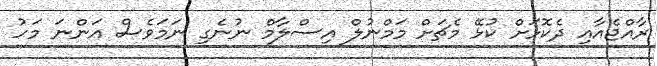
ރާއްޖެއާއި ދެކޮޅަށް ކުޅޭ މެޗަށް މަމްނުލް އިސްލާމް ނުނެގި ނަމަވެސް އަންނަ މަހު